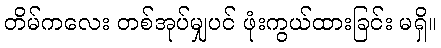
တိမ်ကလေး တစ်အုပ်မျှပင် ဖုံးကွယ်ထားခြင်း မရှိ။